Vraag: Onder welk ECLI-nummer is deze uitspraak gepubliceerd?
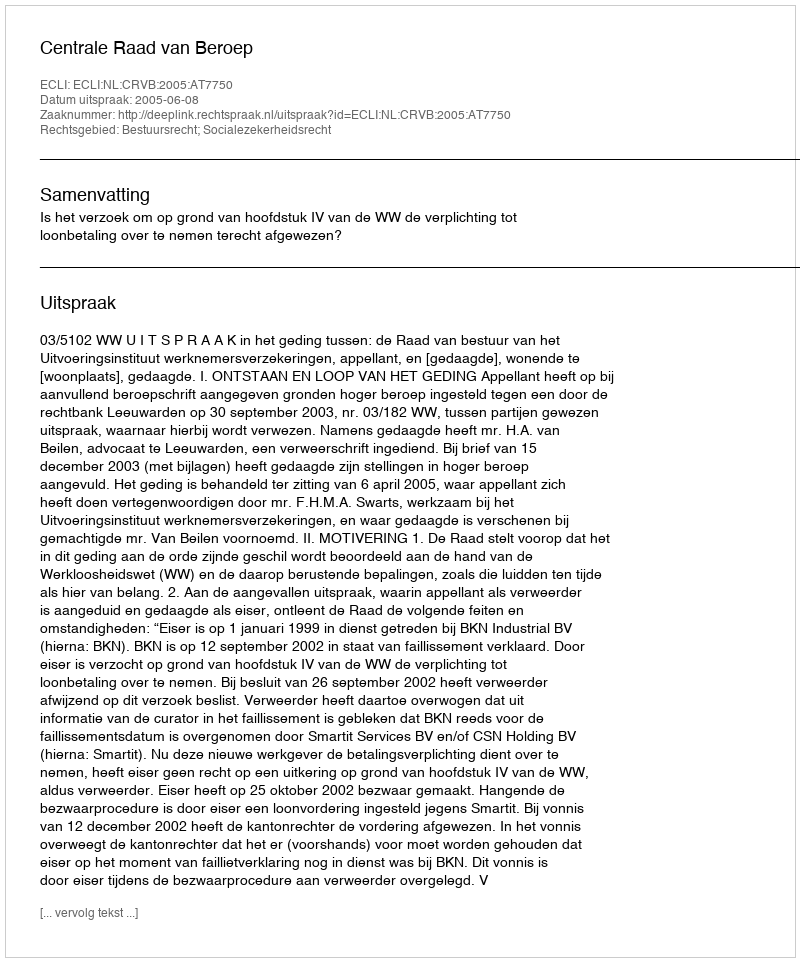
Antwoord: ECLI:NL:CRVB:2005:AT7750